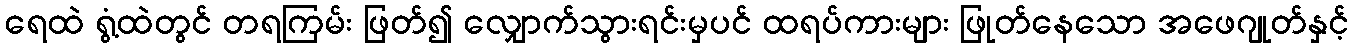
ရေထဲ ရွံ့ထဲတွင် တရကြမ်း ဖြတ်၍ လျှောက်သွားရင်းမှပင် ထရပ်ကားများ ဖြုတ်နေသော အဖေဂျုတ်နှင့်